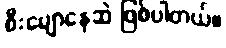
စီးမျောနေဆဲ ဖြစ်ပါတယ်။